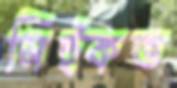
সিট্‌কত